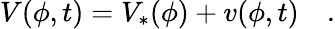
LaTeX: V(\phi,t)=V_{*}(\phi)+v(\phi,t)\quad.